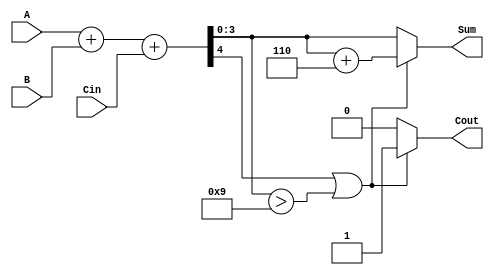
module BCD_Parallel_Adder (
    input  wire [3:0] A,       // First BCD digit
    input  wire [3:0] B,       // Second BCD digit
    input  wire Cin,           // Carry input
    output reg  [3:0] Sum,     // BCD sum output
    output reg  Cout           // Carry output
);

    wire [4:0] RawSum;         // 5-bit raw sum to accommodate carry
    wire Correction;           // Correction signal

    // Calculate the raw sum of A, B and Cin
    assign RawSum = A + B + Cin;

    // Determine if correction is needed (RawSum > 9)
    assign Correction = RawSum[4] || (RawSum[3:0] > 4'b1001);

    always @(*) begin
        if (Correction) begin
            // Apply correction by adding 6 (0110)
            Sum = RawSum[3:0] + 4'b0110;
            Cout = 1; // Set carry out
        end else begin
            Sum = RawSum[3:0]; // No correction needed
            Cout = 0;          // No carry out
        end
    end

endmodule